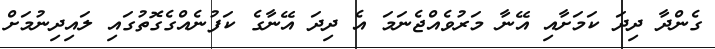
ގެންދާ ދިދަ ކަމަށާއި އޭނާ މަރުވެއްޖެނަމަ އެ ދިދަ އޭނާގެ ކަފުނެއްގެގޮތުގައި ލައިދިނުމަށް